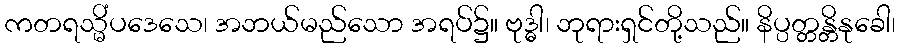
ကတရသ္မိံပဒေသေ၊ အဘယ်မည်သော အရပ်၌။ ဗုဒ္ဓါ၊ ဘုရားရှင်တို့သည်။ နိပ္ပတ္တန္တိနုခေါ၊